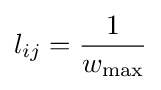
l_{ij}={\frac {1}{w_{\max }}}